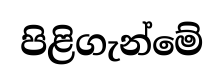
පිළිගැන්මේ